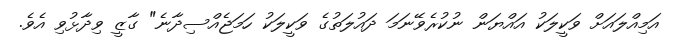
އަމިއްލައަށް ވަކީލަކު އައްޔަން ނުކުރެވޭނަމަ ދައުލަތުގެ ވަކީލަކު ހަމަޖެއްސިދާނެ" ގާޒީ ވިދާޅުވި އެވެ.